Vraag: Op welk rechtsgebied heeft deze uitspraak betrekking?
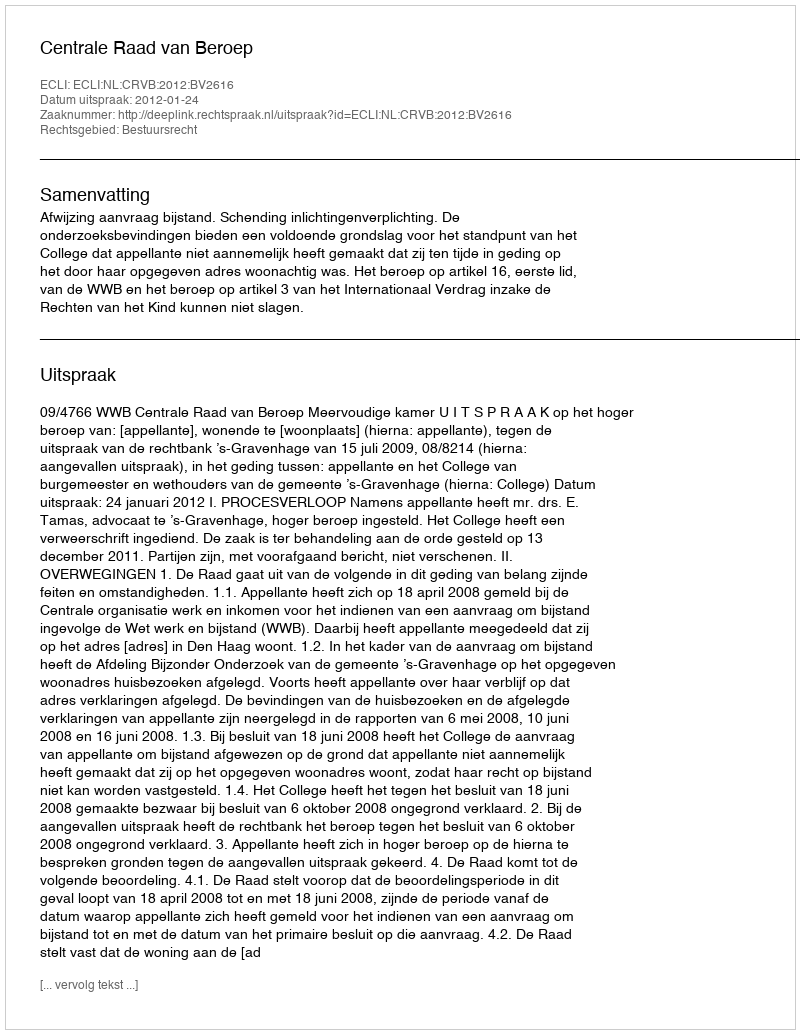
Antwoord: Bestuursrecht